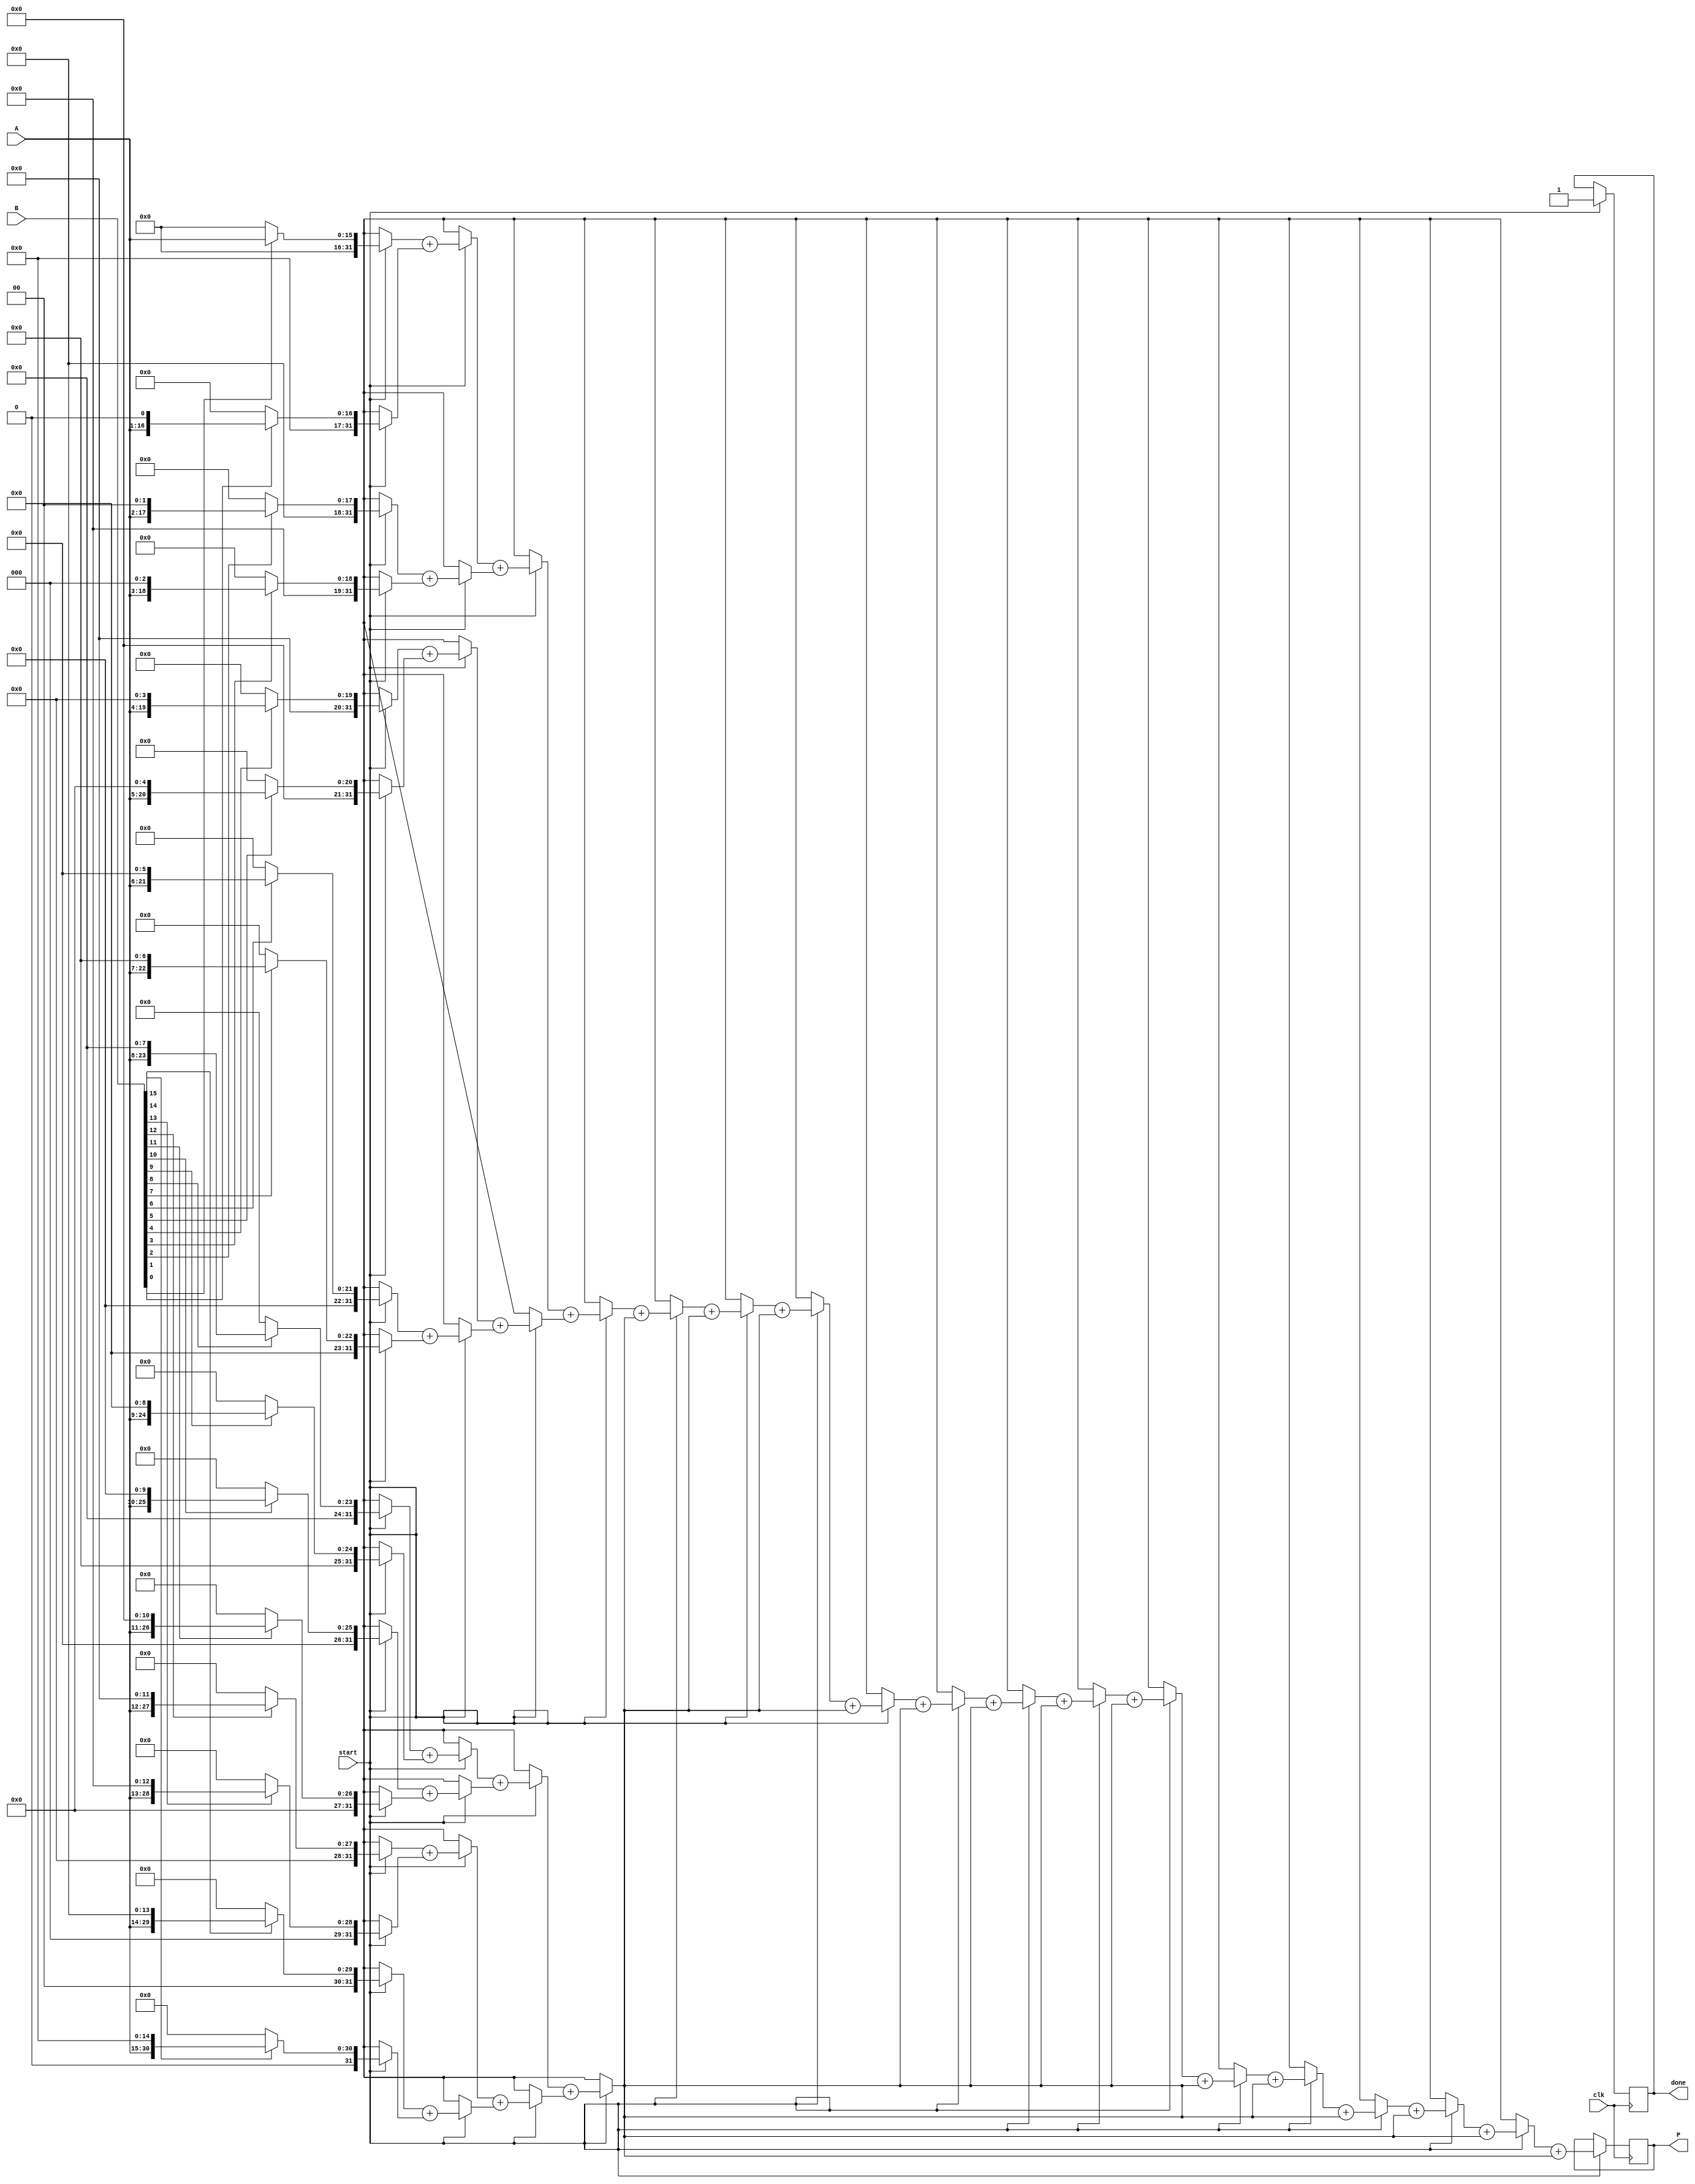
module variable_length_wallace_tree_multiplier #(parameter MAX_WIDTH = 16) (
    input  wire [MAX_WIDTH-1:0] A, // Multiplicand
    input  wire [MAX_WIDTH-1:0] B, // Multiplier
    input  wire clk,               // Clock signal
    input  wire start,             // Start signal
    output reg [2*MAX_WIDTH-1:0] P, // Product
    output reg done                // Done signal
);

    reg [2*MAX_WIDTH-1:0] partial_products[MAX_WIDTH-1:0];
    reg [2*MAX_WIDTH-1:0] sum [MAX_WIDTH-1:0];
    reg [MAX_WIDTH-1:0] carry [MAX_WIDTH-1:0];
    integer i, j;

    // Generate partial products
    always @(posedge clk) begin
        if (start) begin
            done <= 0;
            // Generate partial products
            for (i = 0; i < MAX_WIDTH; i = i + 1) begin
                if (B[i]) begin
                    partial_products[i] = A << i; // Shift A by i if B[i] is 1
                end else begin
                    partial_products[i] = 0;
                end
            end

            // Wallace tree reduction
            for (i = 0; i < MAX_WIDTH; i = i + 1) begin
                sum[i] = partial_products[i];
                carry[i] = 0;
            end

            // Reduce partial products using Wallace tree structure
            for (j = 0; j < MAX_WIDTH; j = j + 1) begin
                for (i = 0; i < MAX_WIDTH-1; i = i + 2) begin
                    if (i + 1 < MAX_WIDTH) begin
                        {carry[i/2], sum[i/2]} = sum[i] + sum[i+1]; // Full adder
                    end else begin
                        sum[i/2] = sum[i]; // Last element
                    end
                end
            end

            // Final addition of the last two rows
            P = sum[0] + sum[1];
            done <= 1; // Indicate multiplication is done
        end
    end

endmodule